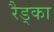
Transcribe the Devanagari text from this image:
रैड्का